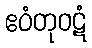
ဧဝံတုဝဋံ